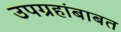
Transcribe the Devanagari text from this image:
उपग्रहांबाबत